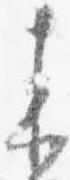
来